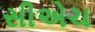
સીએચ